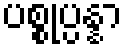
ပစ္စုပ္ပန္နာ